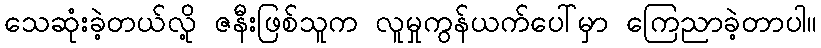
သေဆုံးခဲ့တယ်လို့ ဇနီးဖြစ်သူက လူမှုကွန်ယက်ပေါ်မှာ ကြေညာခဲ့တာပါ။